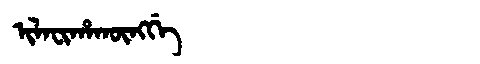
Manchu: ᡳᠯᠠᠸᡳᡥᠠᡴᡡᠩᡤᡝ
Romanization: ILAFIHAKŪNGGE